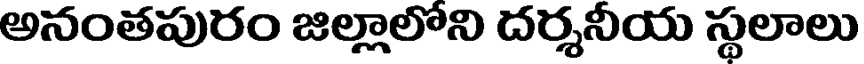
అనంతపురం జిల్లాలోని దర్శనీయ స్థలాలు